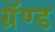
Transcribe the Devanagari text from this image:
ग्रॅण्ड